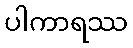
ပါကာရဿ